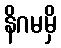
နိဂမမှိ